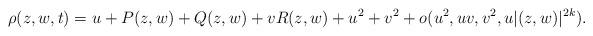
LaTeX: \begin{align*}\rho(z,w,t)=u+P(z,w)+Q(z,w)+vR(z,w)+u^2+v^2+o(u^2,uv,v^2,u|(z,w)|^{2k}).\end{align*}